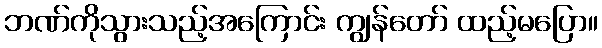
ဘဏ်ကိုသွားသည့်အကြောင်း ကျွန်တော် ထည့်မပြော။